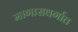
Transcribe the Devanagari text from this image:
मागासवर्गात